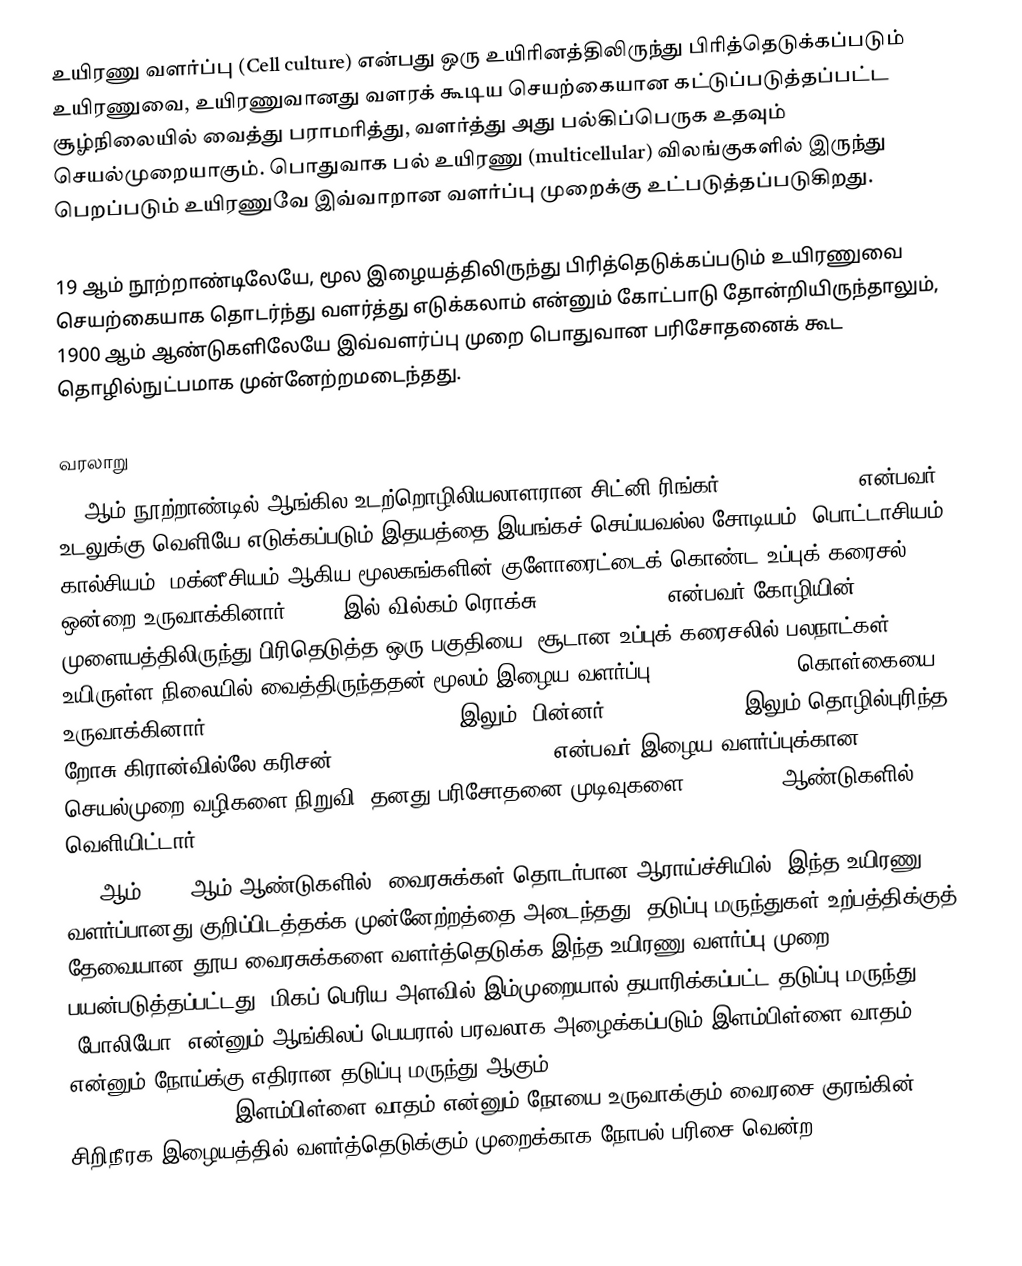
உயிரணு வளர்ப்பு (Cell culture) என்பது ஒரு உயிரினத்திலிருந்து பிரித்தெடுக்கப்படும் உயிரணுவை, உயிரணுவானது வளரக் கூடிய செயற்கையான கட்டுப்படுத்தப்பட்ட சூழ்நிலையில் வைத்து பராமரித்து, வளர்த்து அது பல்கிப்பெருக உதவும் செயல்முறையாகும். பொதுவாக பல் உயிரணு (multicellular) விலங்குகளில் இருந்து பெறப்படும் உயிரணுவே இவ்வாறான வளர்ப்பு முறைக்கு உட்படுத்தப்படுகிறது.

19 ஆம் நூற்றாண்டிலேயே, மூல இழையத்திலிருந்து பிரித்தெடுக்கப்படும் உயிரணுவை செயற்கையாக தொடர்ந்து வளர்த்து எடுக்கலாம் என்னும் கோட்பாடு தோன்றியிருந்தாலும், 1900 ஆம் ஆண்டுகளிலேயே இவ்வளர்ப்பு முறை பொதுவான பரிசோதனைக் கூட தொழில்நுட்பமாக முன்னேற்றமடைந்தது.

வரலாறு
19 ஆம் நூற்றாண்டில் ஆங்கில உடற்றொழிலியலாளரான சிட்னி ரிங்கர் (Sydney Ringer) என்பவர், உடலுக்கு வெளியே எடுக்கப்படும் இதயத்தை இயங்கச் செய்யவல்ல சோடியம், பொட்டாசியம், கால்சியம், மக்னீசியம் ஆகிய மூலகங்களின் குளோரைட்டைக் கொண்ட உப்புக் கரைசல் ஒன்றை உருவாக்கினார். 1885 இல் வில்கம் ரொக்சு (Wilhelm Roux) என்பவர் கோழியின் முளையத்திலிருந்து பிரிதெடுத்த ஒரு பகுதியை, சூடான உப்புக் கரைசலில் பலநாட்கள் உயிருள்ள நிலையில் வைத்திருந்ததன் மூலம் இழைய வளர்ப்பு (tissue culture) கொள்கையை உருவாக்கினார். Johns Hopkins Medical School இலும், பின்னர் Yale University இலும் தொழில்புரிந்த றோசு கிரான்வில்லே கரிசன் (Ross Granville Harrison) என்பவர் இழைய வளர்ப்புக்கான செயல்முறை வழிகளை நிறுவி, தனது பரிசோதனை முடிவுகளை, 1907–1910 ஆண்டுகளில் வெளியிட்டார்.
1940ஆம், 1950ஆம் ஆண்டுகளில், வைரசுக்கள் தொடர்பான ஆராய்ச்சியில், இந்த உயிரணு வளர்ப்பானது குறிப்பிடத்தக்க முன்னேற்றத்தை அடைந்தது. தடுப்பு மருந்துகள் உற்பத்திக்குத் தேவையான தூய வைரசுக்களை வளர்த்தெடுக்க இந்த உயிரணு வளர்ப்பு முறை பயன்படுத்தப்பட்டது. மிகப் பெரிய அளவில் இம்முறையால் தயாரிக்கப்பட்ட தடுப்பு மருந்து 'போலியோ' என்னும் ஆங்கிலப் பெயரால் பரவலாக அழைக்கப்படும் இளம்பிள்ளை வாதம் என்னும் நோய்க்கு எதிரான தடுப்பு மருந்து ஆகும். This vaccine was made possible by the cell culture research of இளம்பிள்ளை வாதம் என்னும் நோயை உருவாக்கும் வைரசை குரங்கின் சிறிநீரக இழையத்தில் வளர்த்தெடுக்கும் முறைக்காக நோபல் பரிசை வென்ற John Franklin Enders, Thomas Huckle Weller, Frederic